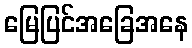
မြေပြင်အခြေအနေ